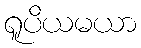
ရူပိယမယာ